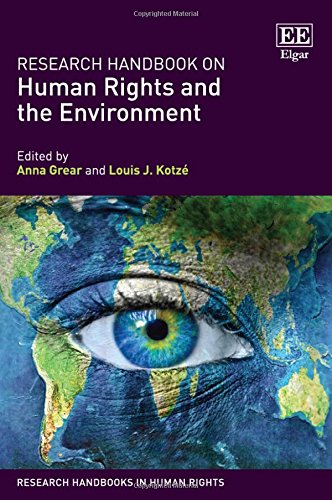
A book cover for Research Handbook on Human Rights and the Environment (Research Handbooks in Human Rights series); Anna Grear; Law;